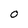
Character: O